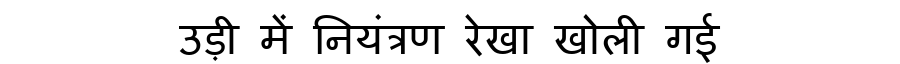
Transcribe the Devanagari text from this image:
उड़ी में नियंत्रण रेखा खोली गई